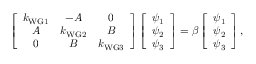
\left[ \begin{array} { c c c } { k _ { \mathrm { W G 1 } } } & { - A } & { 0 } \\ { A } & { k _ { \mathrm { W G 2 } } } & { B } \\ { 0 } & { B } & { k _ { \mathrm { W G 3 } } } \end{array} \right] \left[ \begin{array} { c c c } { \psi _ { 1 } } \\ { \psi _ { 2 } } \\ { \psi _ { 3 } } \end{array} \right] = \beta \left[ \begin{array} { c c c } { \psi _ { 1 } } \\ { \psi _ { 2 } } \\ { \psi _ { 3 } } \end{array} \right] ,